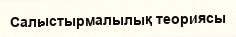
Салыстырмалылық теориясы